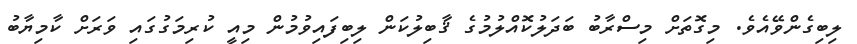
ލިބިގެންވޭއެވެ. މިގޮތަށް މިސްރާބު ބަދަލުކޮއްލުމުގެ ޤާބިލުކަން ލިބިފައިވުމުން މިއީ ކުރިމަގުގައި ވަރަށް ކާމިޔާބު